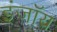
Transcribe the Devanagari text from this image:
इंजॉय